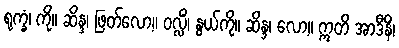
ရုက္ခံ၊ ကို။ ဆိန္ဒ၊ ဖြတ်လော့။ ဝလ္လိံ၊ နွယ်ကို။ ဆိန္ဒ၊ လော့။ ဣတိ အာဒီနိ၊